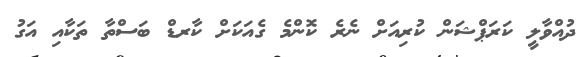
ދުއްވާލީ ކަރަޕްޝަން ކުރިއަށް ނެރެ ކޮންމެ ގެއަކަށް ކާރޑް ބަސްތާ ތަކާއި އަގު